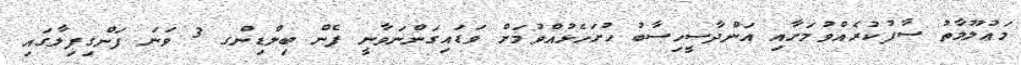
މަޢުލޫމާތު ސާފުކުރެއްވުމަށާއި އަންދާސީހިސާބު ހުށަހެޅުއްވުމަށް ވަޑައިގަންނަވާނީ ފެން ބިލްޑިންގ 3 ވަނަ ފަންގިފިލާގައި